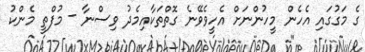
ގެ މަގުގައި އެހެން މީހުންނަށް އެހީވެވޭނެ ގޮތްތަކާއިމެދު ވިސްނާ - މުފްތީ މެންކު